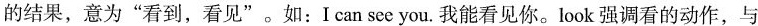
的结果，意为”看到，看见”。如：I can see you.我能看见你。look强调看的动作，与